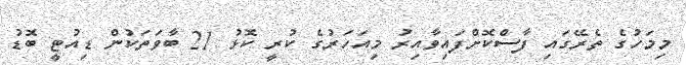
މިމަހުގެ ތެރޭގައި ފާސްކޮށްފައިވާއިރު މިއަހަރުގެ ކުރީ ކޮޅު 21 ބާވަތަކުން ޑިއުޓީ ބޮޑު